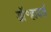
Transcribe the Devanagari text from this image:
डॉ॰हावर्ड